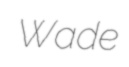
Wade